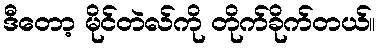
ဒီတော့ မိုင်တဲလ်ကို တိုက်ခိုက်တယ်။